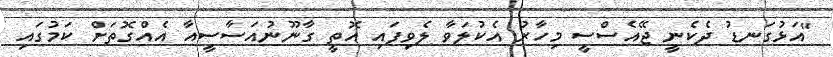
"އަޅުގަނޑު ދެކެނީ ޖޭއެސްސީ މިހާރު އެކުލަވާ ލެވިފައި އޮތީ ގާނޫނުއަސާސީއާ އެއްގޮތަށް ކަމުގައި